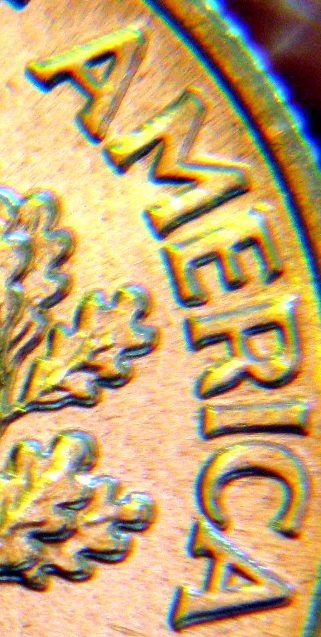
AMERICA